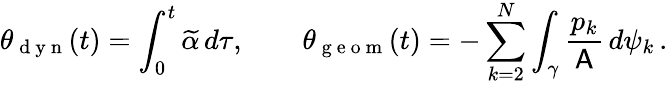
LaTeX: \theta_{\mathrm{~d~y~n~}}(t)=\int_{0}^{t}\widetilde{\alpha}\, d\tau,\qquad\theta_{\mathrm{~g~e~o~m~}}(t)=-\sum_{k=2}^{N}\int_{\gamma}\frac{p_{k}}{\mathsf{A}}\, d\psi_{k}\, .